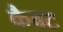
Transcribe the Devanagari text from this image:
कैवट